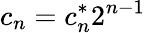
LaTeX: c_{n}=c_{n}^{*}2^{n-1}